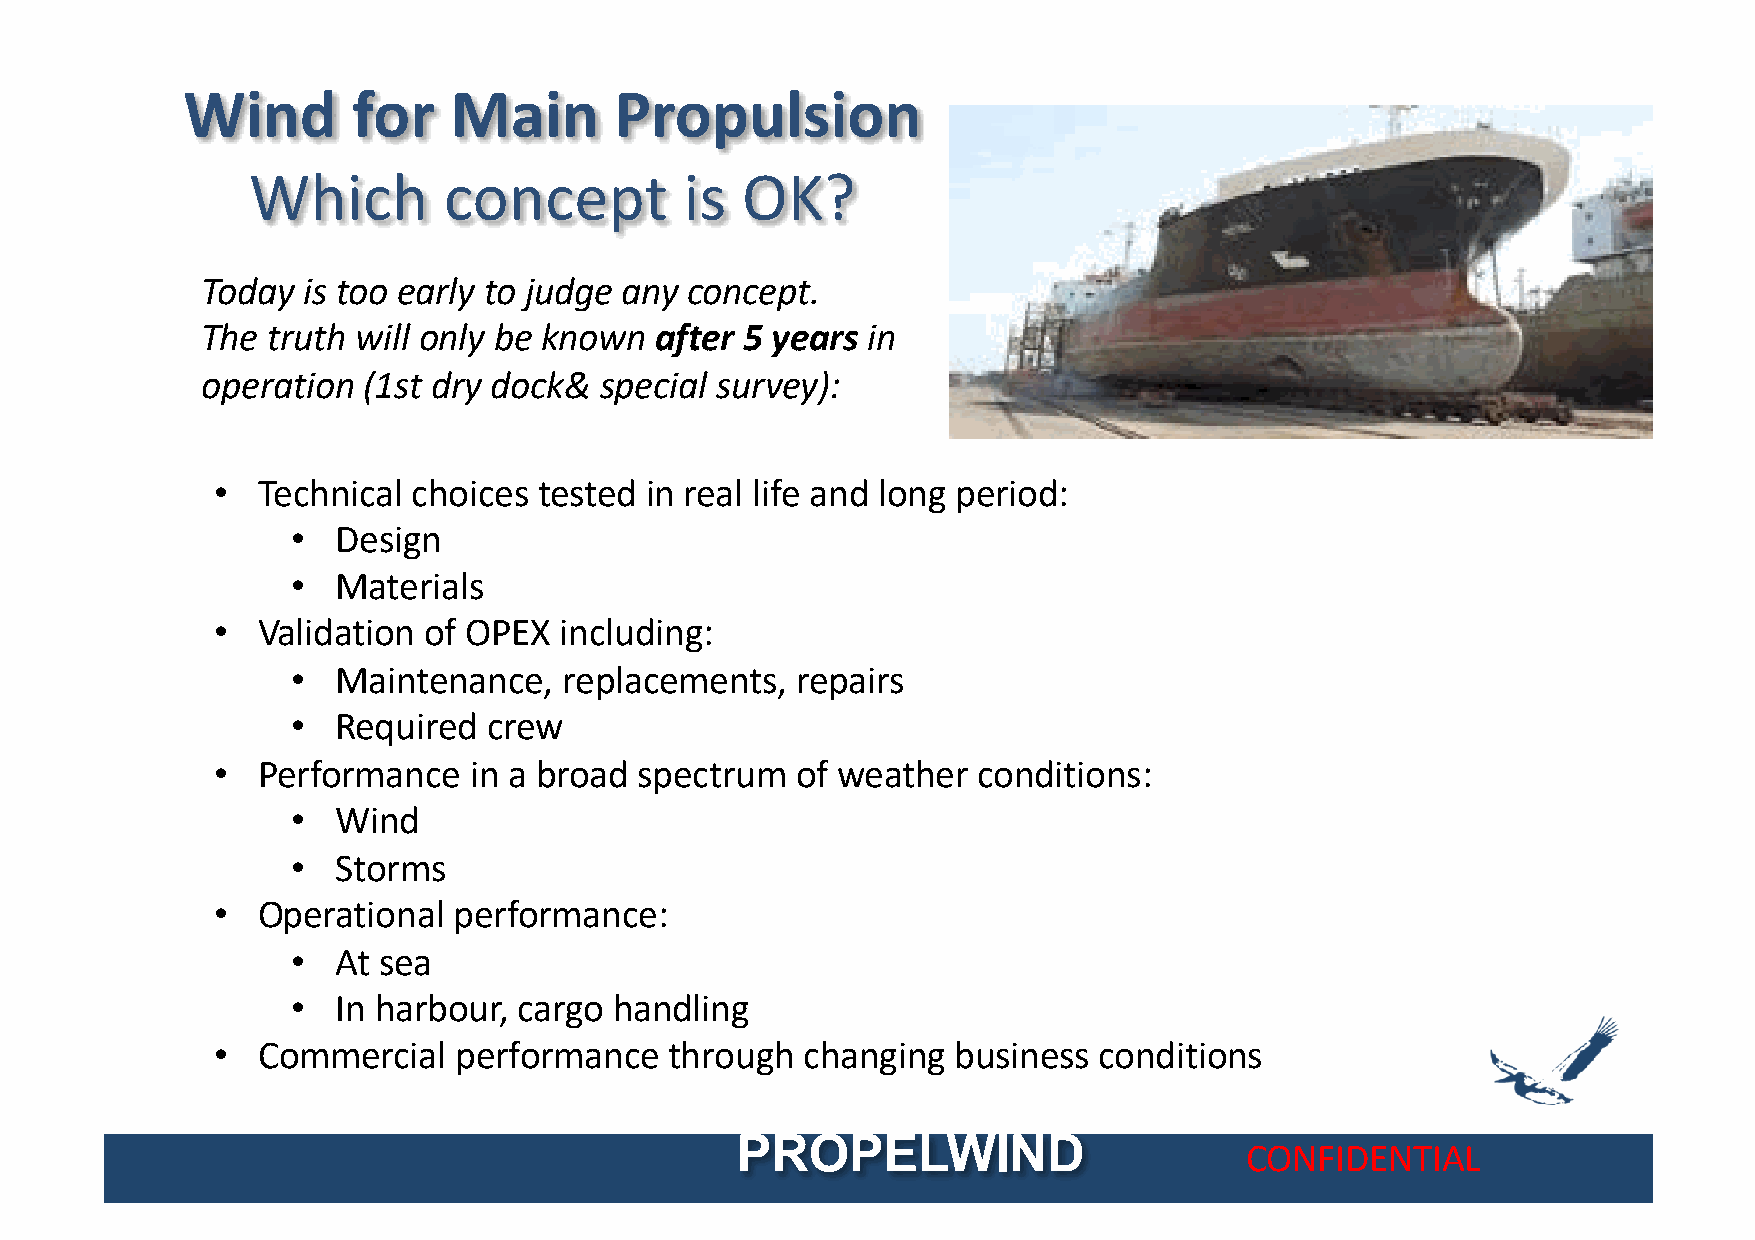
Wind       for    Main       Propulsion
 Which        concept         is  OK?
 Today  is too early to judge any concept.
 The  truth will only be known after 5 years in
 operation  (1st dry dock&  special survey):
 •  Technical choices  tested in real life and long period:
 •  Design
 •  Materials
 •  Validation of OPEX  including:
 •  Maintenance,   replacements,   repairs
 •  Required  crew
 •  Performance   in a broad spectrum   of weather  conditions:
 •  Wind
 •  Storms
 •  Operational  performance:
 •  At sea
 •  In harbour, cargo  handling
 •  Commercial   performance   through  changing  business  conditions
 PROPELWIND
 CONFIDENTIAL